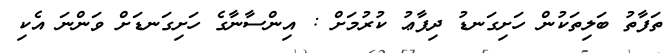
ތަފާތު ބަލިތަކުން ހަށިގަނޑު ދިފާޢު ކުރުމަށް : އިންސާނާގެ ހަށިގަނޑަށް ވަންނަ އެކި